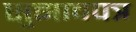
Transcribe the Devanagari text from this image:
सुझावपत्र